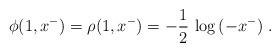
LaTeX: \begin{align*}\phi(1,x^-) = \rho(1,x^-) = -{1\over 2}\,\log\,(-x^-)~.\end{align*}